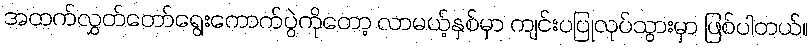
အထက်လွှတ်တော်ရွေးကောက်ပွဲကိုတော့ လာမယ့်နှစ်မှာ ကျင်းပပြုလုပ်သွားမှာ ဖြစ်ပါတယ်။